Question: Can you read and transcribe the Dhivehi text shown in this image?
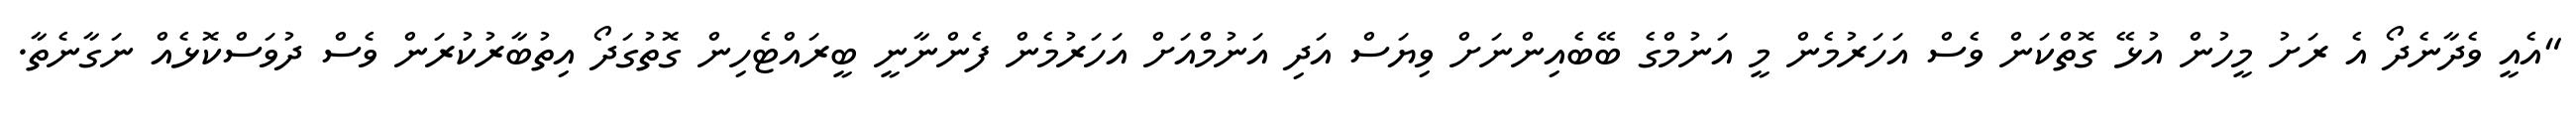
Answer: "އެއީ ވެދާނެދޯ އެ ރަށު މީހުން އުޅޭ ގޮތްކަން ވެސް އަހަރުމެން މީ އަނުމްގެ ބޭބެއިންނަށް ވިޔަސް އަދި އަނުމްއަށް އަހަރުމެން ފެންނާނީ ބީރައްޓެހިން ގޮތުގަދޯ އިތުބާރުކުރަން ވެސް ދުވަސްކޮޅެއް ނަގާނެތާ.